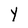
Character: Y